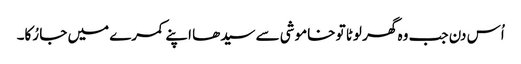
اُس دن جب وہ گھر لوٹا تو خاموشی سے سیدھا اپنے کمرے میں جا رُکا۔